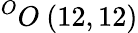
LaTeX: ^{O}O\ (12,12)